Report on the metropolitan horse fairs and district horse shows of 1892-93 - 1892-1893
Year: 1892
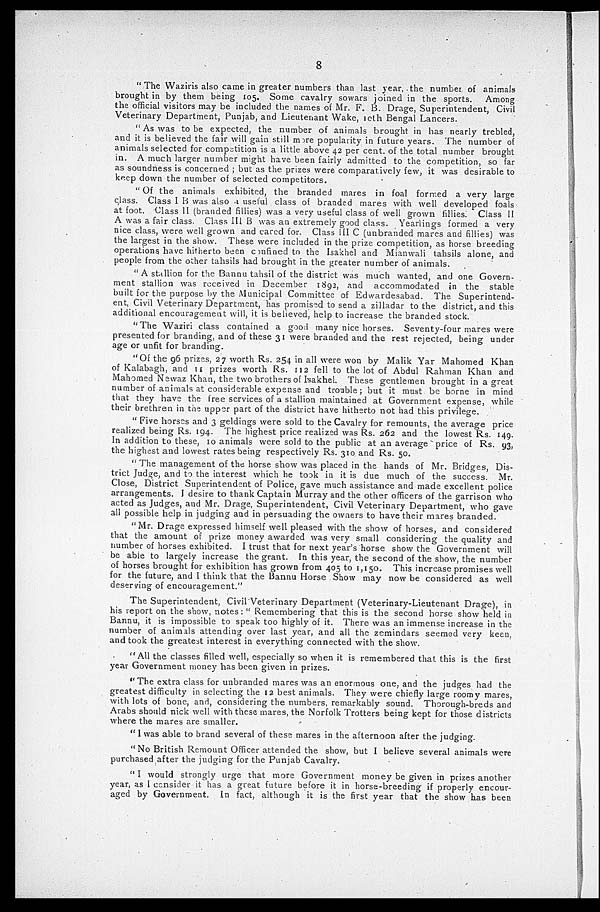
8
" The Waziris also came in greater numbers than last year, the number of animals
brought in by them being 105. Some cavalry sowars joined in the sports. Among
the official visitors may be included the names of Mr. F. B. Drage, Superintendent, Civil
Veterinary Department, Punjab, and Lieutenant Wake, 10th Bengal Lancers.
"As was to be expected, the number of animals brought in has nearly trebled,
and it is believed the fair will gain still more popularity in future years. The number of
animals selected for competition is a little above 42 per cent. of the total number brought
in. A much larger number might have been fairly admitted to the competition, so far
as soundness is concerned ; but as the prizes were comparatively few, it was desirable to
keep down the number of selected competitors.
"Of the animals exhibited, the branded mares in foal formed a very large
class. Class I B was also a useful class of branded mares with well developed foals
at foot. Class II (branded fillies) was a very useful class of well grown fillies. Class II
A was a fair class. Class III B was an extremely good class. Yearlings formed a very
nice class, were well grown and cared for. Class III C (unbranded mares and fillies) was
the largest in the show. These were included in the prize competition, as horse breeding
operations have hitherto been confined to the Isakhel and Mianwali tahsils alone, and
people from the other tahsils had brought in the greater number of animals.
"A stallion for the Bannu tahsil of the district was much wanted, and one Govern-
ment stallion was received in December 1892, and accommodated in the stable
built for the purpose by the Municipal Committee of Edwardesabad. The Superintend-
ent, Civil Veterinary Department, has promised to send a zilladar to the district, and this
additional encouragement will, it is believed, help to increase the branded stock.
"The Waziri class contained a good many nice horses. Seventy-four mares were
presented for branding, and of these 31 were branded and the rest rejected, being under
age or unfit for branding.
"Of the 96 prizes, 27 worth Rs. 254 in all were won by Malik Yar Mahomed Khan
of Kalabagh, and 11 prizes worth Rs. 112 fell to the lot of Abdul Rahman Khan and
Mahomed Newaz Khan, the two brothers of Isakhel. These gentlemen brought in a great
number of animals at considerable expense and trouble; but it must be borne in mind
that they have the free services of a stallion maintained at Government expense, while
their brethren in the upper part of the district have hitherto not had this privilege.
"Five horses and 3 geldings were sold to the Cavalry for remounts, the average price
realized being Rs. 194. The highest price realized was Rs. 262 and the lowest Rs. 149.
In addition to these, 10 animals were sold to the public at an average price of Rs. 93,
the highest and lowest rates being respectively Rs. 310 and Rs. 50.
"The management of the horse show was placed in the hands of Mr. Bridges, Dis-
trict Judge, and to the interest which he took in it is due much of the success. Mr.
Close, District Superintendent of Police, gave much assistance and made excellent police
arrangements. I desire to thank Captain Murray and the other officers of the garrison who
acted as Judges, and Mr. Drage, Superintendent, Civil Veterinary Department, who gave
all possible help in judging and in persuading the owners to have their mares branded.
"Mr. Drage expressed himself well pleased with the show of horses, and considered
that the amount of prize money awarded was very small considering the quality and
number of horses exhibited. I trust that for next year's horse show the Government will
be able to largely increase the grant. In this year, the second of the show, the number
of horses brought for exhibition has grown from 405 to 1,150. This increase promises well
for the future, and I think that the Bannu Horse Show may now be considered as well
deserving of encouragement."
The Superintendent, Civil Veterinary Department (Veterinary-Lieutenant Drage), in
his report on the show, notes: " Remembering that this is the second horse show held in
Bannu, it is impossible to speak too highly of it. There was an immense increase in the
number of animals attending over last year, and all the zemindars seemed very keen,
and took the greatest interest in everything connected with the show.
" All the classes filled well, especially so when it is remembered that this is the first
year Government money has been given in prizes.
" The extra class for unbranded mares was an enormous one, and the judges had the
greatest difficulty in selecting the 12 best animals. They were chiefly large roomy mares,
with lots of bone, and, considering the numbers, remarkably sound. Thorough-breds and
Arabs should nick well with these mares, the Norfolk Trotters being kept for those districts
where the mares are smaller.
" I was able to brand several of these mares in the afternoon after the judging.
" No British Remount Officer attended the show, but I believe several animals were
purchased after the judging for the Punjab Cavalry.
" I would strongly urge that more Government money be given in prizes another
year, as I consider it has a great future before it in horse-breeding if properly encour-
aged by Government. In fact, although it is the first year that the show has been